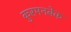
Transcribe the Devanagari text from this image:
कुरमनबेक